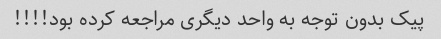
پیک بدون توجه به واحد دیگری مراجعه کرده بود!!!!